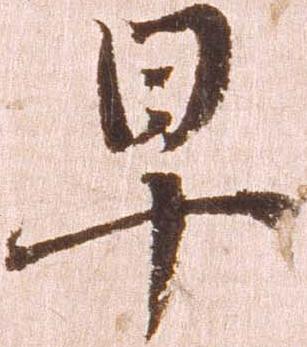
早